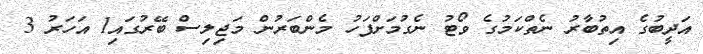
އަދީބުގެ އިތުބާރު ނެތްކަމުގެ ވޯޓު ނެގުމަށްފަހު މެންބަރުން މަޖިލިސް ބޭރުގައި1 އަހަރު 3